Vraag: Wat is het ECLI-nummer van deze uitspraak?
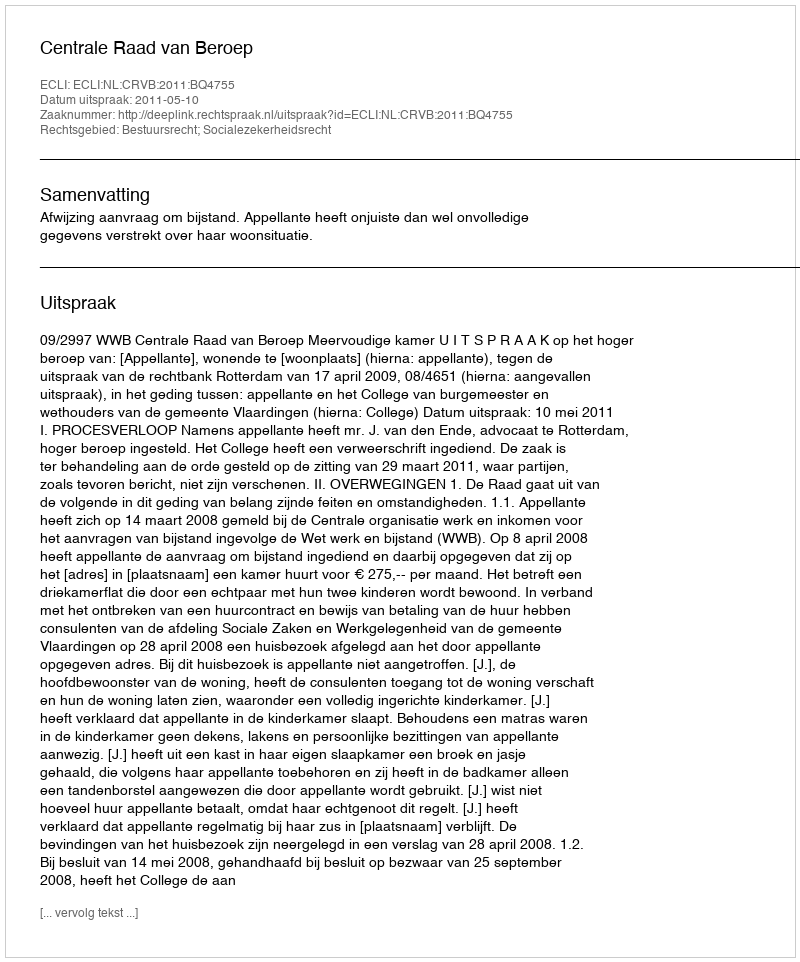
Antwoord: ECLI:NL:CRVB:2011:BQ4755